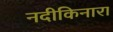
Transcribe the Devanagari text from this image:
नदीकिनारा